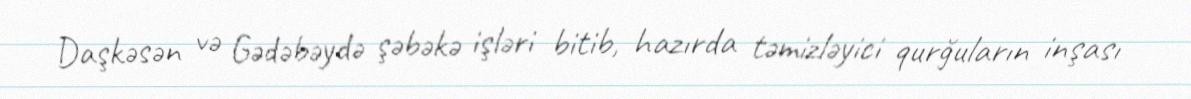
Daşkəsən və Gədəbəydə şəbəkə işləri bitib, hazırda təmizləyici qurğuların inşası